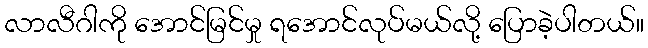
လာလီဂါကို အောင်မြင်မှု ရအောင်လုပ်မယ်လို့ ပြောခဲ့ပါတယ်။